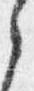
之